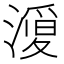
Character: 𭲦